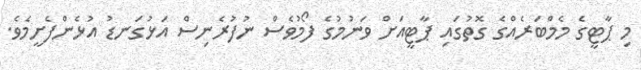
މި ޕާޓީގެ މެމްބަރެއްގެ ގޮތުގައި ޕާޓީއަށް ވަނުމުގެ ފޯމުވެސް ނުފުރެނިސް އަޅުގަނޑު އުޅެންފެށީމެވެ.